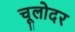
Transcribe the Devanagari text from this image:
चूलोदर